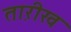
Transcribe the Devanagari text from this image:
ताऱीख